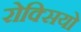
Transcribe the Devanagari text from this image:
रोक्सियो